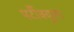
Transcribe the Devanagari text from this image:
पर्टीक्युलर